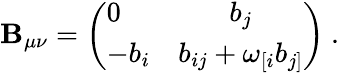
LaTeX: \mathbf{B}_{\mu\nu}=\left(\begin{array}{lc}{{0}}&{{b_{j}}}\\ {{-b_{i}}}&{{b_{ij}+\omega_{[i}b_{j]}}}\end{array}\right)\ .